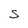
Character: S